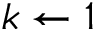
k \gets 1